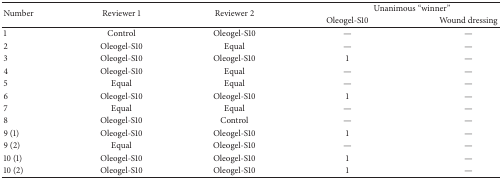
<table><thead><tr><td rowspan="2"><b>Number</b></td><td rowspan="2"><b>Reviewer 1</b></td><td rowspan="2"><b>Reviewer 2</b></td><td colspan="2"><b>Unanimous “winner” </b></td></tr><tr><td><b>Oleogel-S10</b></td><td><b>Wound dressing</b></td></tr></thead><tbody><tr><td>1</td><td>Control</td><td>Oleogel-S10</td><td>—</td><td>—</td></tr><tr><td>2</td><td>Oleogel-S10</td><td>Equal</td><td>—</td><td>—</td></tr><tr><td>3</td><td>Oleogel-S10</td><td>Oleogel-S10</td><td>1</td><td>—</td></tr><tr><td>4</td><td>Oleogel-S10</td><td>Equal</td><td>—</td><td>—</td></tr><tr><td>5</td><td>Equal</td><td>Equal</td><td>—</td><td>—</td></tr><tr><td>6</td><td>Oleogel-S10</td><td>Oleogel-S10</td><td>1</td><td>—</td></tr><tr><td>7</td><td>Equal</td><td>Equal</td><td>—</td><td>—</td></tr><tr><td>8</td><td>Oleogel-S10</td><td>Control</td><td>—</td><td>—</td></tr><tr><td>9 (1)</td><td>Oleogel-S10</td><td>Oleogel-S10</td><td>1</td><td>—</td></tr><tr><td>9 (2)</td><td>Equal</td><td>Oleogel-S10</td><td>—</td><td>—</td></tr><tr><td>10 (1)</td><td>Oleogel-S10</td><td>Oleogel-S10</td><td>1</td><td>—</td></tr><tr><td>10 (2)</td><td>Oleogel-S10</td><td>Oleogel-S10</td><td>1</td><td>—</td></tr></tbody></table>